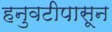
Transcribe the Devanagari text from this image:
हनुवटीपासून